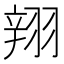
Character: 𲅆